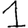
Digit: 1